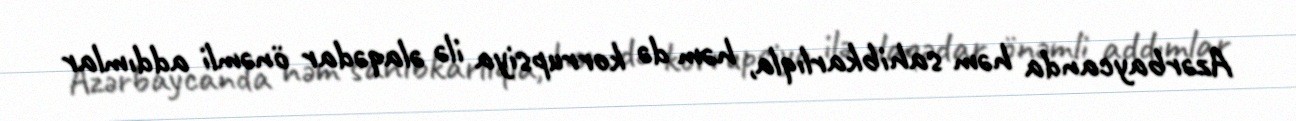
Azərbaycanda həm sahibkarlıqla, həm də korrupsiya ilə əlaqədar önəmli addımlar